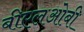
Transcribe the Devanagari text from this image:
बीएलओबी